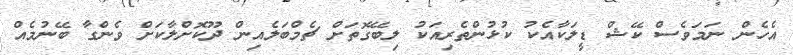
އެހެން ނަމަވެސް ކޭޝް ޑީލަކާއެކު ކުޅުންތެރިއަކު ލިބޭގޮތަށް ޗެމްބަލެއިން ދޫކޮށްލާކަށް ވެންގާ ބޭނުމެއް